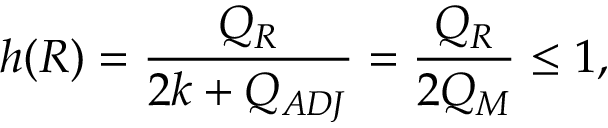
h ( R ) = \frac { Q _ { R } } { 2 k + Q _ { A D J } } = \frac { Q _ { R } } { 2 Q _ { M } } \leq 1 ,